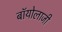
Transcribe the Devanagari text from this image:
बॉयोलाजी